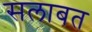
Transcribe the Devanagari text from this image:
सलाबत